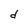
Character: d